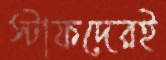
স্টাফদেরই